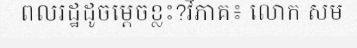
ពលរដ្ឋដូចម្តេចខ្លះ?វិភាគ៖ លោក សម